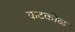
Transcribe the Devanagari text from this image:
कटकोळ